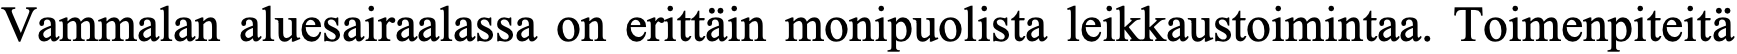
Vammalan aluesairaalassa on erittäin monipuolista leikkaustoimintaa. Toimenpiteitä